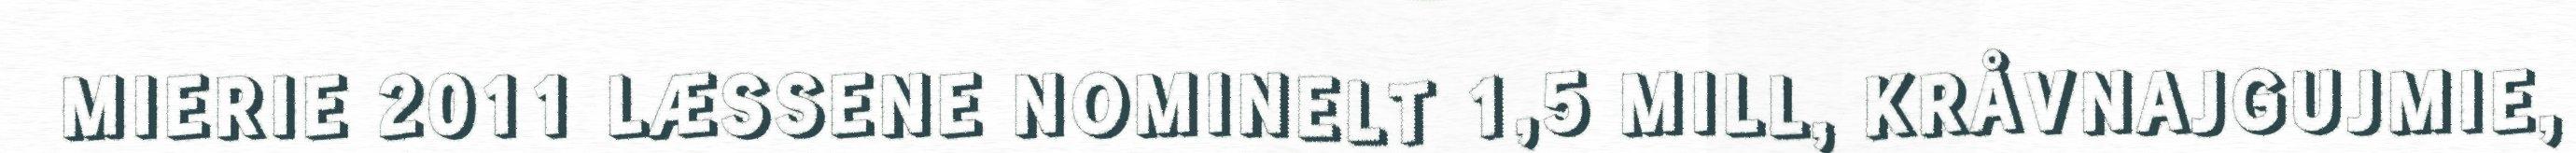
MIERIE 2011 LÆSSENE NOMINELT 1,5 MILL, KRÅVNAJGUJMIE,